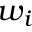
w _ { i }